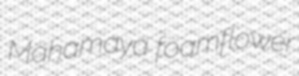
Mahamaya foamflower